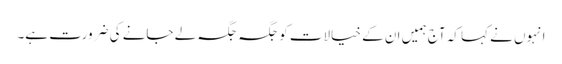
انہوں نے کہا کہ آج ہمیں ان کے خیالات کو جگہ جگہ لے جانے کی ضرورت ہے۔